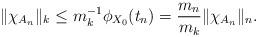
LaTeX: \begin{align*}\|\chi_{A_n}\|_k\le m_k^{-1}\phi_{X_0}(t_n)=\frac{m_n}{m_k}\|\chi_{A_n}\|_n.\end{align*}